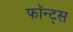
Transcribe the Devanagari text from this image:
फॉन्ट्‌स